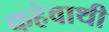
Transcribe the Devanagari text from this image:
कहेवाथी